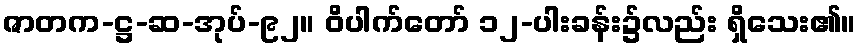
ဇာတက-ဋ္ဌ-ဆ-အုပ်-၉၂။ ဝိပါက်တော် ၁၂-ပါးခန်း၌လည်း ရှိသေး၏။